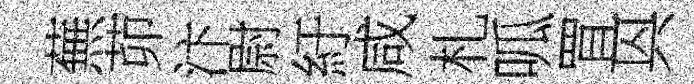
蕪茆汴尉紆咸札呱罝㒷